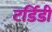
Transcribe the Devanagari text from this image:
टर्डिडी